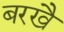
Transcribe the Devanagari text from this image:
बरखै